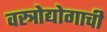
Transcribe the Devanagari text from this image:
वस्त्रोद्योगाची